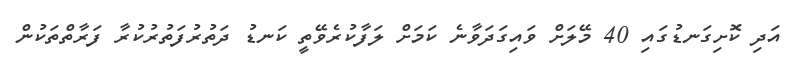
އަދި ކޮށިގަނޑުގައި 40 މޭލަށް ވައިގަދަވާނެ ކަމަށް ލަފާކުރެވޭތީ ކަނޑު ދަތުރުފަތުރުކުރާ ފަރާތްތަކުން